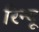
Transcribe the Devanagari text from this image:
रिन्यू